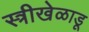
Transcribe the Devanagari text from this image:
स्त्रीखेळाडू